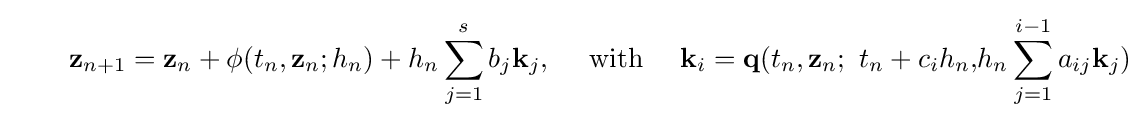
\qquad \mathbf {z} _{n+1}=\mathbf {z} _{n}+\mathbf {\phi } (t_{n},\mathbf {z} _{n};h_{n})+h_{n}\sum _{j=1}^{s}b_{j}\mathbf {k} _{j},\quad {\text{ with }}\quad \mathbf {k} _{i}=\mathbf {q} (t_{n},\mathbf {z} _{n};{\text{ }}t_{n}+c_{i}h_{n}\mathbf {,} \mathbf {} h_{n}\sum _{j=1}^{i-1}a_{ij}\mathbf {k} _{j})